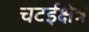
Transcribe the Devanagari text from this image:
चटईक्षेत्र